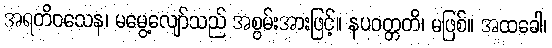
အရတိဝသေန၊ မမွေ့လျော်သည် အစွမ်းအားဖြင့်။ နပဝတ္တတိ၊ မဖြစ်။ အထခေါ၊